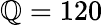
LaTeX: \mathbb{Q}=120